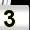
Digit: 3